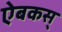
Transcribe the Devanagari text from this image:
ऐबकस्